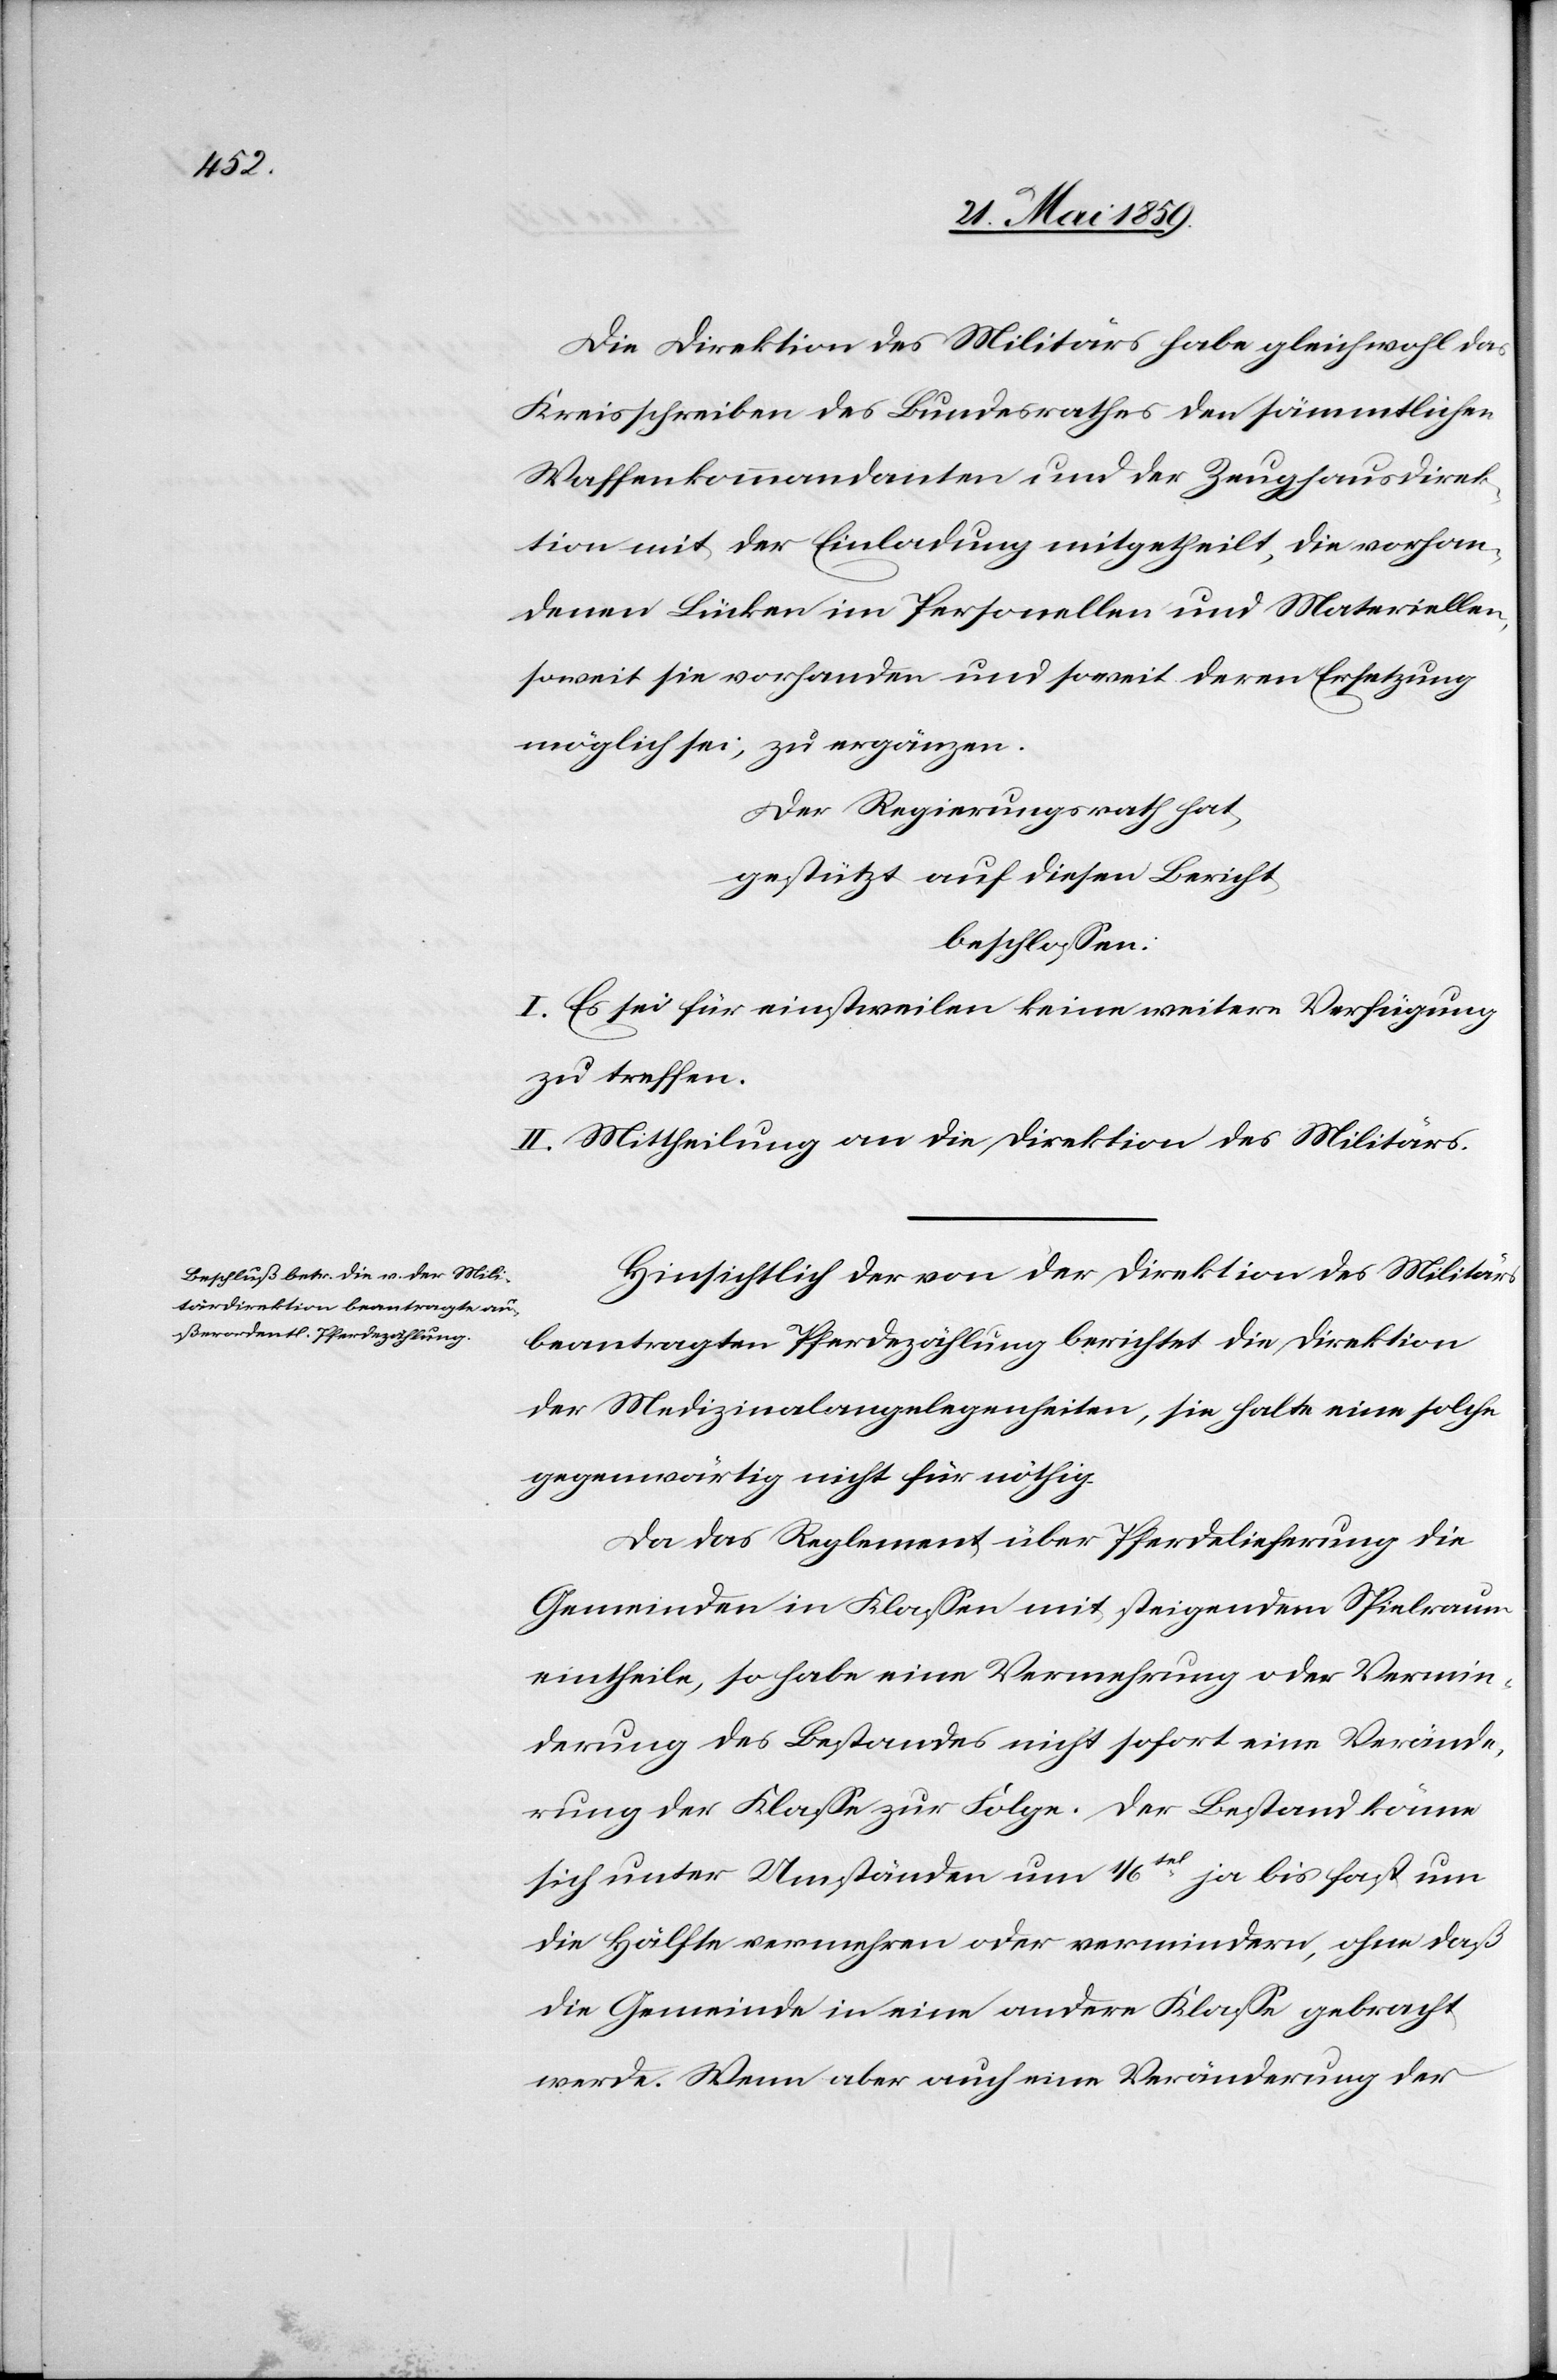
Die Direktion des Militärs habe gleichwohl das
Kreisschreiben des Bundesrathes den sämmtlichen
Waffenkommandanten und der Zeughausdirek¬
tion mit der Einladung mitgetheilt, die vorhan¬
denen Lücken im Personellen und Materiellen,
soweit sie vorhanden und soweit deren Ersetzung
möglich sei, zu ergänzen.
Der Regierungsrath hat,
gestützt auf diesen Bericht,
beschlossen:
I. Es sei für einstweilen keine weitere Verfügung
zu treffen.
II. Mittheilung an die Direktion des Militärs.
Hinsichtlich der von der Direktion des Militärs
beantragten Pferdezählung berichtet die Direktion
der Medizinalangelegenheiten, sie halte eine solche
gegenwärtig nicht für nöthig.
Da das Reglement über Pferdelieferung die
Gemeinden in Klassen mit steigendem Spielraum
eintheile, so habe eine Vermehrung oder Vermin¬
derung des Bestandes nicht sofort eine Verände¬
rung der Klasse zu Folge. Der Bestand könne
sich unter Umständen um 1/6tel ja bis fast um
die Hälfte vermehren oder vermindern, ohne daß
die Gemeinde in eine andere Klasse gebracht
werde. Wenn aber auch eine Veränderung der